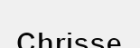
Chrisse